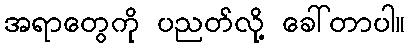
အရာတွေကို ပညတ်လို့ ခေါ်တာပါ။